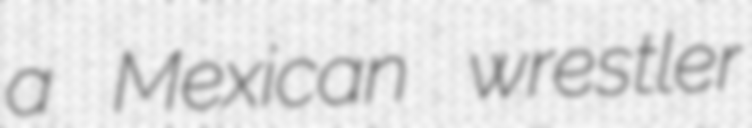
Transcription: a Mexican wrestler